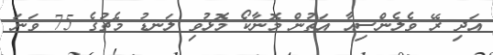
އަދި ރޭ ވެލެންސިއާ އަތުން މޮނާކޯ މޮޅުވި ލަނޑު މެޗުގެ 75 ވަނަ